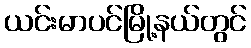
ယင်းမာပင်မြို့နယ်တွင်